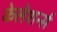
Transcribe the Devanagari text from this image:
केलेशर्न्स